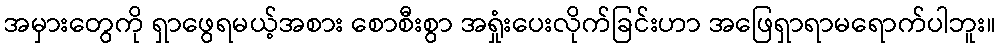
အမှားတွေကို ရှာဖွေရမယ့်အစား စောစီးစွာ အရှုံးပေးလိုက်ခြင်းဟာ အဖြေရှာရာမရောက်ပါဘူး။